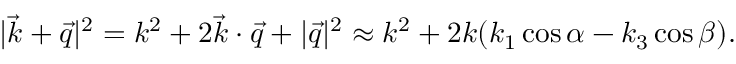
| \vec { k } + \vec { q } | ^ { 2 } = k ^ { 2 } + 2 \vec { k } \cdot \vec { q } + | \vec { q } | ^ { 2 } \approx k ^ { 2 } + 2 k ( k _ { 1 } \cos \alpha - k _ { 3 } \cos \beta ) .